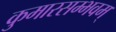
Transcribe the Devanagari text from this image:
कुमारसम्भवम्‌